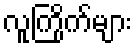
လူကြိုက်များ